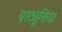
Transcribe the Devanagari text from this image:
परट्यूसिया